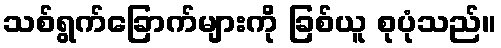
သစ်ရွက်ခြောက်များကို ခြစ်ယူ စုပုံသည်။